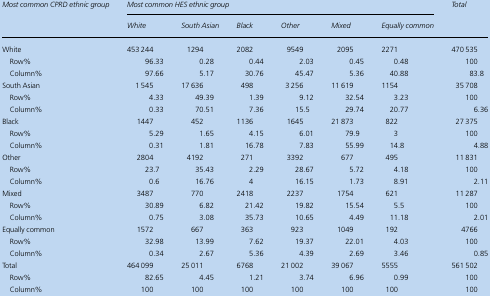
<table><thead><tr><td rowspan="2"><b><i>Most common CPRD ethnic group</i></b></td><td colspan="6"><b><i>Most common HES ethnic group</i></b></td><td><b><i>Total</i></b></td></tr><tr><td><b><i>White</i></b></td><td><b><i>South Asian</i></b></td><td><b><i>Black</i></b></td><td><b><i>Other</i></b></td><td><b><i>Mixed</i></b></td><td><b><i>Equally common</i></b></td><td></td></tr></thead><tbody><tr><td>White</td><td>453 244</td><td>1294</td><td>2082</td><td>9549</td><td>2095</td><td>2271</td><td>470 535</td></tr><tr><td> Row%</td><td>96.33</td><td>0.28</td><td>0.44</td><td>2.03</td><td>0.45</td><td>0.48</td><td>100</td></tr><tr><td> Column%</td><td>97.66</td><td>5.17</td><td>30.76</td><td>45.47</td><td>5.36</td><td>40.88</td><td>83.8</td></tr><tr><td>South Asian</td><td>1 545</td><td>17 636</td><td>498</td><td>3 256</td><td>11 619</td><td>1154</td><td>35 708</td></tr><tr><td> Row%</td><td>4.33</td><td>49.39</td><td>1.39</td><td>9.12</td><td>32.54</td><td>3.23</td><td>100</td></tr><tr><td> Column%</td><td>0.33</td><td>70.51</td><td>7.36</td><td>15.5</td><td>29.74</td><td>20.77</td><td>6.36</td></tr><tr><td>Black</td><td>1447</td><td>452</td><td>1136</td><td>1645</td><td>21 873</td><td>822</td><td>27 375</td></tr><tr><td> Row%</td><td>5.29</td><td>1.65</td><td>4.15</td><td>6.01</td><td>79.9</td><td>3</td><td>100</td></tr><tr><td> Column%</td><td>0.31</td><td>1.81</td><td>16.78</td><td>7.83</td><td>55.99</td><td>14.8</td><td>4.88</td></tr><tr><td>Other</td><td>2804</td><td>4192</td><td>271</td><td>3392</td><td>677</td><td>495</td><td>11 831</td></tr><tr><td> Row%</td><td>23.7</td><td>35.43</td><td>2.29</td><td>28.67</td><td>5.72</td><td>4.18</td><td>100</td></tr><tr><td> Column%</td><td>0.6</td><td>16.76</td><td>4</td><td>16.15</td><td>1.73</td><td>8.91</td><td>2.11</td></tr><tr><td>Mixed</td><td>3487</td><td>770</td><td>2418</td><td>2237</td><td>1754</td><td>621</td><td>11 287</td></tr><tr><td> Row%</td><td>30.89</td><td>6.82</td><td>21.42</td><td>19.82</td><td>15.54</td><td>5.5</td><td>100</td></tr><tr><td> Column%</td><td>0.75</td><td>3.08</td><td>35.73</td><td>10.65</td><td>4.49</td><td>11.18</td><td>2.01</td></tr><tr><td>Equally common</td><td>1572</td><td>667</td><td>363</td><td>923</td><td>1049</td><td>192</td><td>4766</td></tr><tr><td> Row%</td><td>32.98</td><td>13.99</td><td>7.62</td><td>19.37</td><td>22.01</td><td>4.03</td><td>100</td></tr><tr><td> Column%</td><td>0.34</td><td>2.67</td><td>5.36</td><td>4.39</td><td>2.69</td><td>3.46</td><td>0.85</td></tr><tr><td>Total</td><td>464 099</td><td>25 011</td><td>6768</td><td>21 002</td><td>39 067</td><td>5555</td><td>561 502</td></tr><tr><td> Row%</td><td>82.65</td><td>4.45</td><td>1.21</td><td>3.74</td><td>6.96</td><td>0.99</td><td>100</td></tr><tr><td> Column%</td><td>100</td><td>100</td><td>100</td><td>100</td><td>100</td><td>100</td><td>100</td></tr></tbody></table>